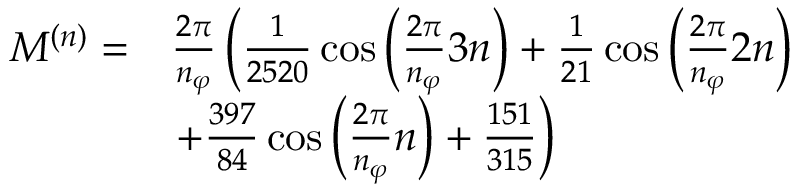
\begin{array} { r l } { M ^ { ( n ) } = } & { \frac { 2 \pi } { n _ { \varphi } } \left( \frac { 1 } { 2 5 2 0 } \cos \left( \frac { 2 \pi } { n _ { \varphi } } 3 n \right) + \frac { 1 } { 2 1 } \cos \left( \frac { 2 \pi } { n _ { \varphi } } 2 n \right) \right. } \\ & { \left. + \frac { 3 9 7 } { 8 4 } \cos \left( \frac { 2 \pi } { n _ { \varphi } } n \right) + \frac { 1 5 1 } { 3 1 5 } \right) } \end{array}